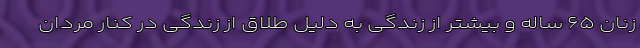
زنان ۶۵ ساله و بیشتر از زندگی به دلیل طلاق از زندگی در کنار مردان